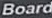
Board